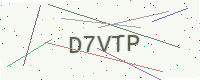
Text: D7VTP